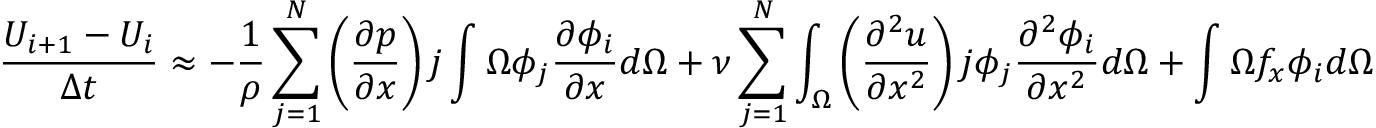
{ \frac { U _ { i + 1 } - U _ { i } } { \Delta t } } \approx - { \frac { 1 } { \rho } } \sum _ { j = 1 } ^ { N } \left( { \frac { \partial p } { \partial x } } \right) j \int { \Omega } \phi _ { j } { \frac { \partial \phi _ { i } } { \partial x } } d \Omega + \nu \sum _ { j = 1 } ^ { N } \int _ { \Omega } \left( { \frac { \partial ^ { 2 } u } { \partial x ^ { 2 } } } \right) j \phi _ { j } { \frac { \partial ^ { 2 } \phi _ { i } } { \partial x ^ { 2 } } } d \Omega + \int { \Omega } f _ { x } \phi _ { i } d \Omega